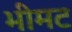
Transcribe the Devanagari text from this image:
भीमट